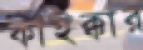
কাইক্কার